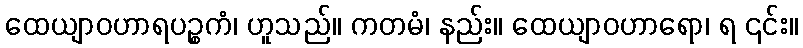
ထေယျာဝဟာရပဉ္စကံ၊ ဟူသည်။ ကတမံ၊ နည်း။ ထေယျာဝဟာရော၊ ရ ၎င်း။